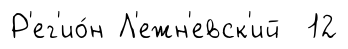
Р'ег'ио́н Л'ежн'евск'ий 12